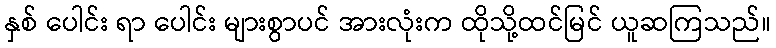
နှစ် ပေါင်း ရာ ပေါင်း များစွာပင် အားလုံးက ထိုသို့ထင်မြင် ယူဆကြသည်။